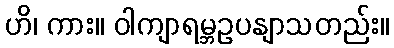
ဟိ၊ ကား။ ဝါကျာရမ္ဘဥပနျာသတည်း။